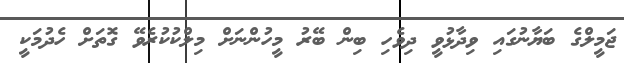
ޖަމީލްގެ ބަޔާނުގައި ވިދާޅުވީ ދިވެހި ބިން ބޭރު މީހުންނަށް މިލްކުކުރެވޭ ގޮތަށް ހެދުމަކީ